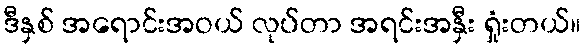
ဒီနှစ် အရောင်းအဝယ် လုပ်တာ အရင်းအနှီး ရှုံးတယ်။